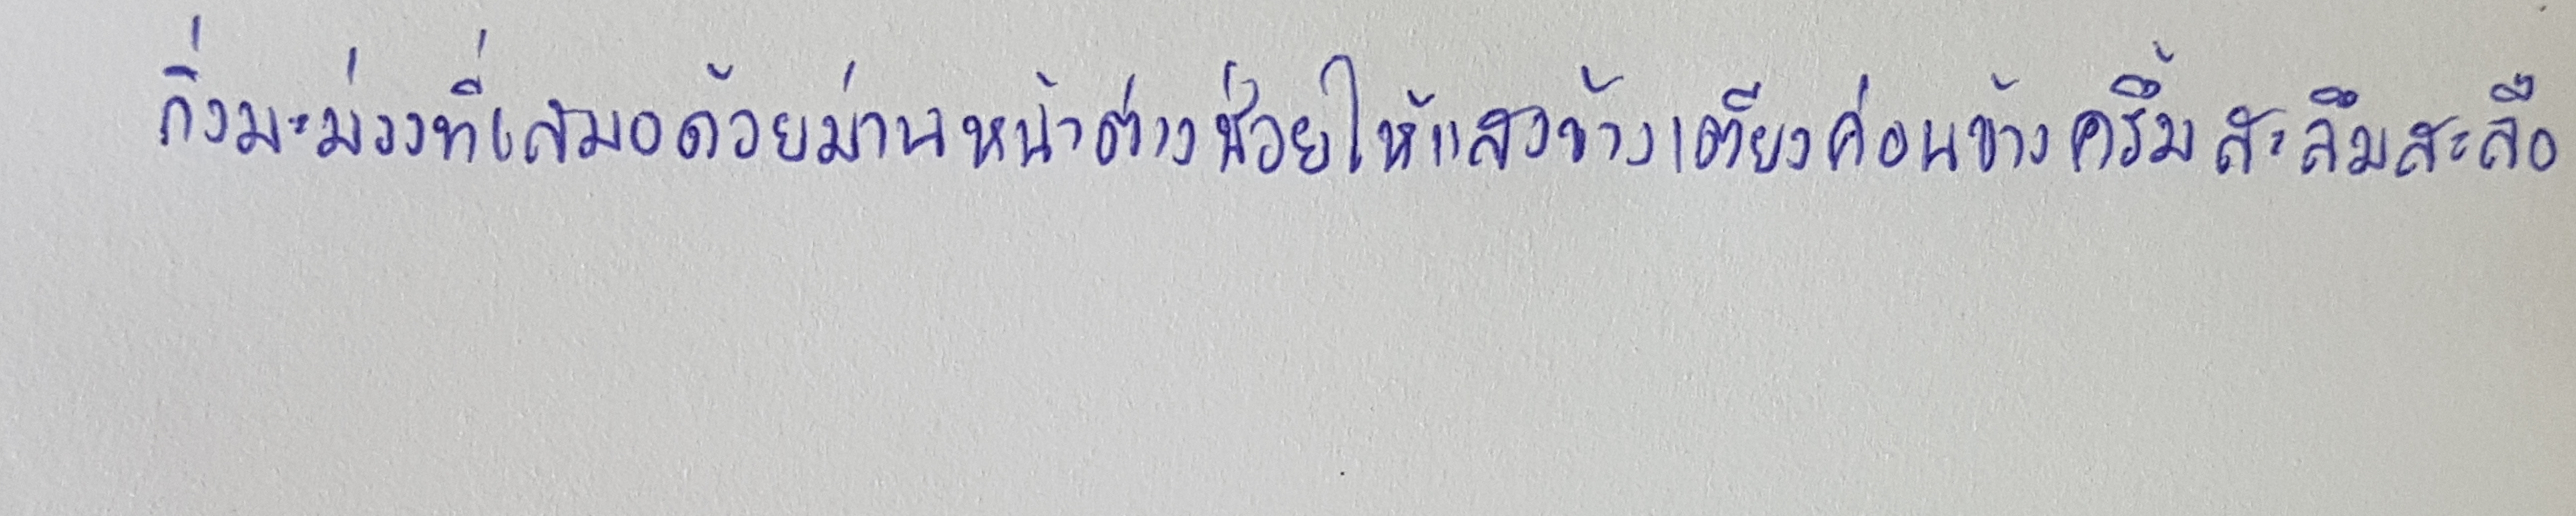
กิ่งมะม่วงที่เสมอด้วยม่านหน้าต่างช่วยให้แสงข้างเตียงค่อนข้างครึ้มสะลึมสะลือ